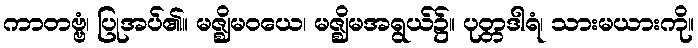
ကာတဗ္ဗံ၊ ပြုအပ်၏။ မဇ္ဈိမဝယေ၊ မဇ္ဈိမအရွယ်၌။ ပုတ္တဒါရံ၊ သားမယားကို။